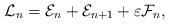
LaTeX: \begin{align*} \mathcal{L}_n = \mathcal{E}_n + \mathcal{E}_{n+1} + \varepsilon \mathcal{F}_n,\end{align*}